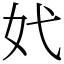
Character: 㚤